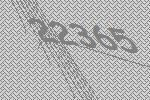
22365